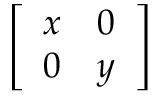
\left[ { \begin{array} { l l } { x } & { 0 } \\ { 0 } & { y } \end{array} } \right]